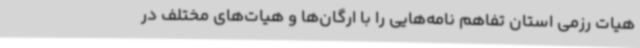
هیات رزمی استان تفاهم نامه‌هایی را با ارگان‌ها و هیات‌های مختلف در